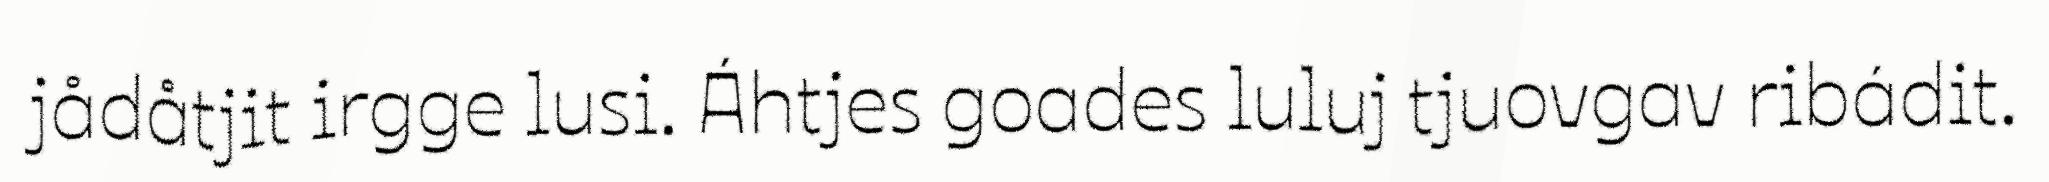
jådåtjit irgge lusi. Áhtjes goades luluj tjuovgav ribádit.